Lunatic asylums Madras 1892-1911 - 1892-1911
Year: 1892
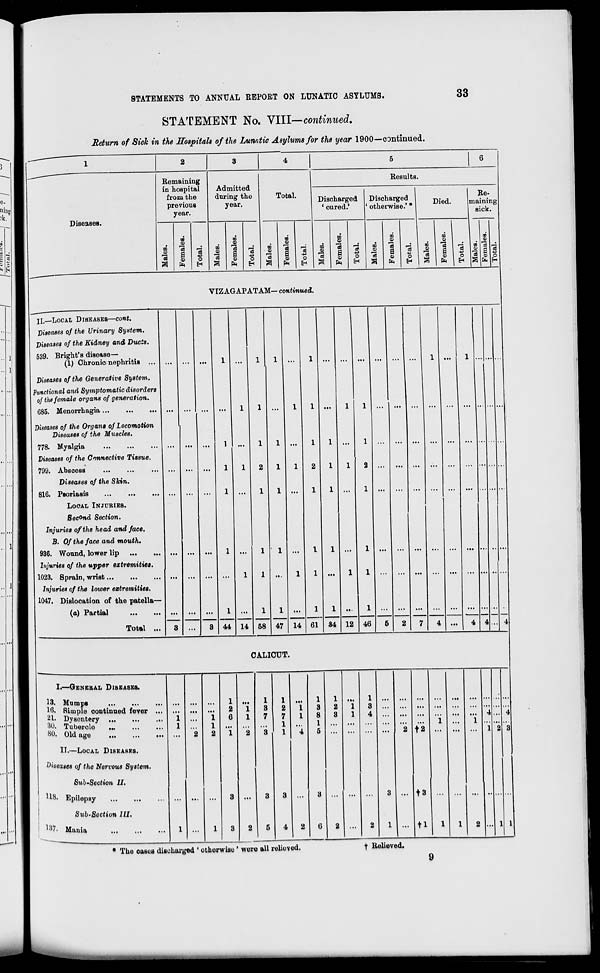
STATEMENTS TO ANNUAL REPORT ON LUNATIC ASYLUMS.
33
STATEMENT No. VIII—continued.
Return of Sick in the Hospitals of the Lunatic Asylums for the year 1900—continued.
"~~~~
1
2
3
4
6
6
-*"
Remaining
Results.
in hospital
Admitted
from the
previous
during the
year.
■
Total.
Discharged
' cured.'
Discharged
n; ,
otherwise. "
Re-
maining
year.
sick.
Diseases.
go
o5
09
to
00
00
■
CO
CO
CO
CO
CO
CO
1)
oo
'd
,_;
oo
c3
J
00
'oi
—1
co
03
rJ
03
'3 _:
OQ
"3 ,_: CO J
0)
■a a
5
c3
4=
o
a
CO
2
-p
o la
a
CO
O
|
OS
a
CO
0?
40
O
CO
15
a
CO
9 ,3
o
*
a
CO
a
49
o
CO
73 0
2
0
a fr EH S PH H a fa H a fa Ei a fa H |S fe 1* s Is S-
VIZAGAPATAM— continued.
II.—LOCAL DISEASES—cont.
Diseases o/ t/ie Urinary System.
Diseases of the Kidney and Duds.
539. Bright's disease—
(1) Chronio nephritis ...
Diseases of the Generative System-.
Functional and Symptomatic disorders
of the female organs of generation.
G85. Menorrhagia
diseases of the Organs of Locomotion
Diseases of the Muscles.
778. Myalgia
Diseases of the Connective Tissue.
799. Abscess
Diseases of the Skin.
816. Psoriasis
LOCAL INJURIES.
Second Section.
Injuries of the head and face,
B. Of the face and mouth.
936. Wound, lower lip
Injuries of the upper extremities.
1023. Sprain, wrist
Injuries of the lower extremities.
1047. Dislocation of the patella—
(a) Partial
Total
44 14 58 47 14 61 34 12 46
4
CALICUT.
I.—GENERAL DISEASES.
13. Mumps
|6. Simple continued fever ...
21. Dysentery
30. Tubercle
80 - Old age
II.—LOCAL DISEASES.
diseases of the Nervous System.
SuLSection II.
118. Epilepsy
Sub-Section III.
13 *- Mania
"i
l
t2
t3
tl 1
* T The cased discharged ' otherwise ' were all relieved.
T Relieved.
9